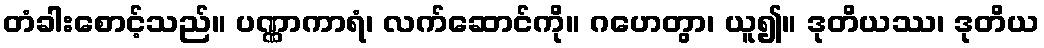
တံခါးစောင့်သည်။ ပဏ္ဏာကာရံ၊ လက်ဆောင်ကို။ ဂဟေတွာ၊ ယူ၍။ ဒုတိယဿ၊ ဒုတိယ